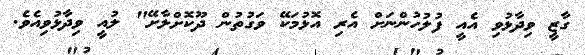
ގާޒީ ވިދާޅުވި އެއީ ފުލުހުންނަށް އެރި އޮޅުމަކޭ ވަގުތުން ދޫކޮށްލާށޭ" ލުއީ ވިދާޅުވިއެވެ.